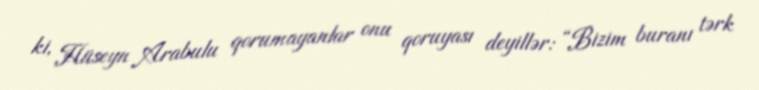
ki, Hüseyn Arabulu qorumayanlar onu qoruyası deyillər: “Bizim buranı tərk